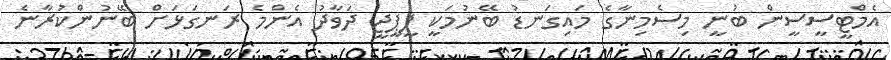
އެމްޓީސީސީން ބުނީ މިސެމިނާގެ މައިގަނޑު ބޭނުމަކީ ޕީޕީޖީ ދަވާދު އެންމެ ރަނގަޅަށް ބޭނުންކުރާނެ